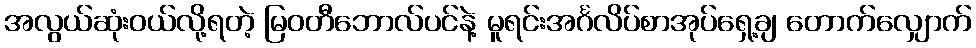
အလွယ်ဆုံးဝယ်လို့ရတဲ့ မြဝတီဘောလ်ပင်နဲ့ မူရင်းအင်္ဂလိပ်စာအုပ်ရှေ့ချ တောက်လျှောက်